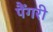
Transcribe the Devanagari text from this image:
पैंगरी